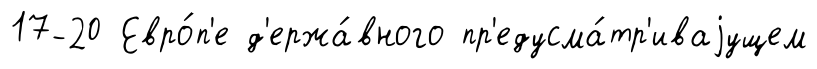
17-20 Евро́п'е д'ержа́вного пр'едусма́тр'иваjущем